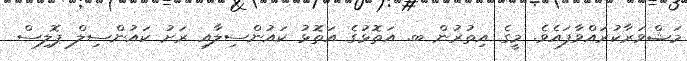
މަޝްވަރާކުރައްވާފައެވެ. މީގެ އިތުރުން ބ. އަތޮޅުގެ އަތޮޅު ކައުންސިލާއި ރަށު ކައުންސިލް ޕޮލިސް